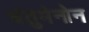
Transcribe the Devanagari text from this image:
चंतुमेनोन